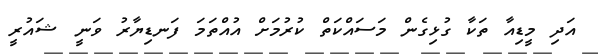
އަދި މީޑިއާ ތަކާ ގުޅިގެން މަސައްކަތް ކުރުމަށް އުއްތަމަ ފަނޑިޔާރު ވަނީ ޝައުރީ